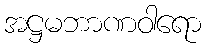
အဋ္ဌမဘာဏဝါရော